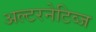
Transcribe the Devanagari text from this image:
अल्टरनेटिव्ज